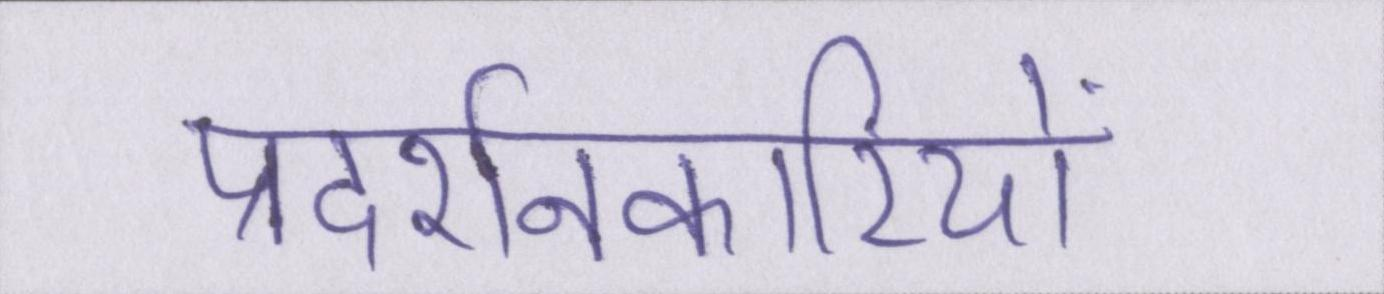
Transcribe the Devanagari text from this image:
प्रदर्शनकारियों